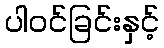
ပါဝင်ခြင်းနှင့်